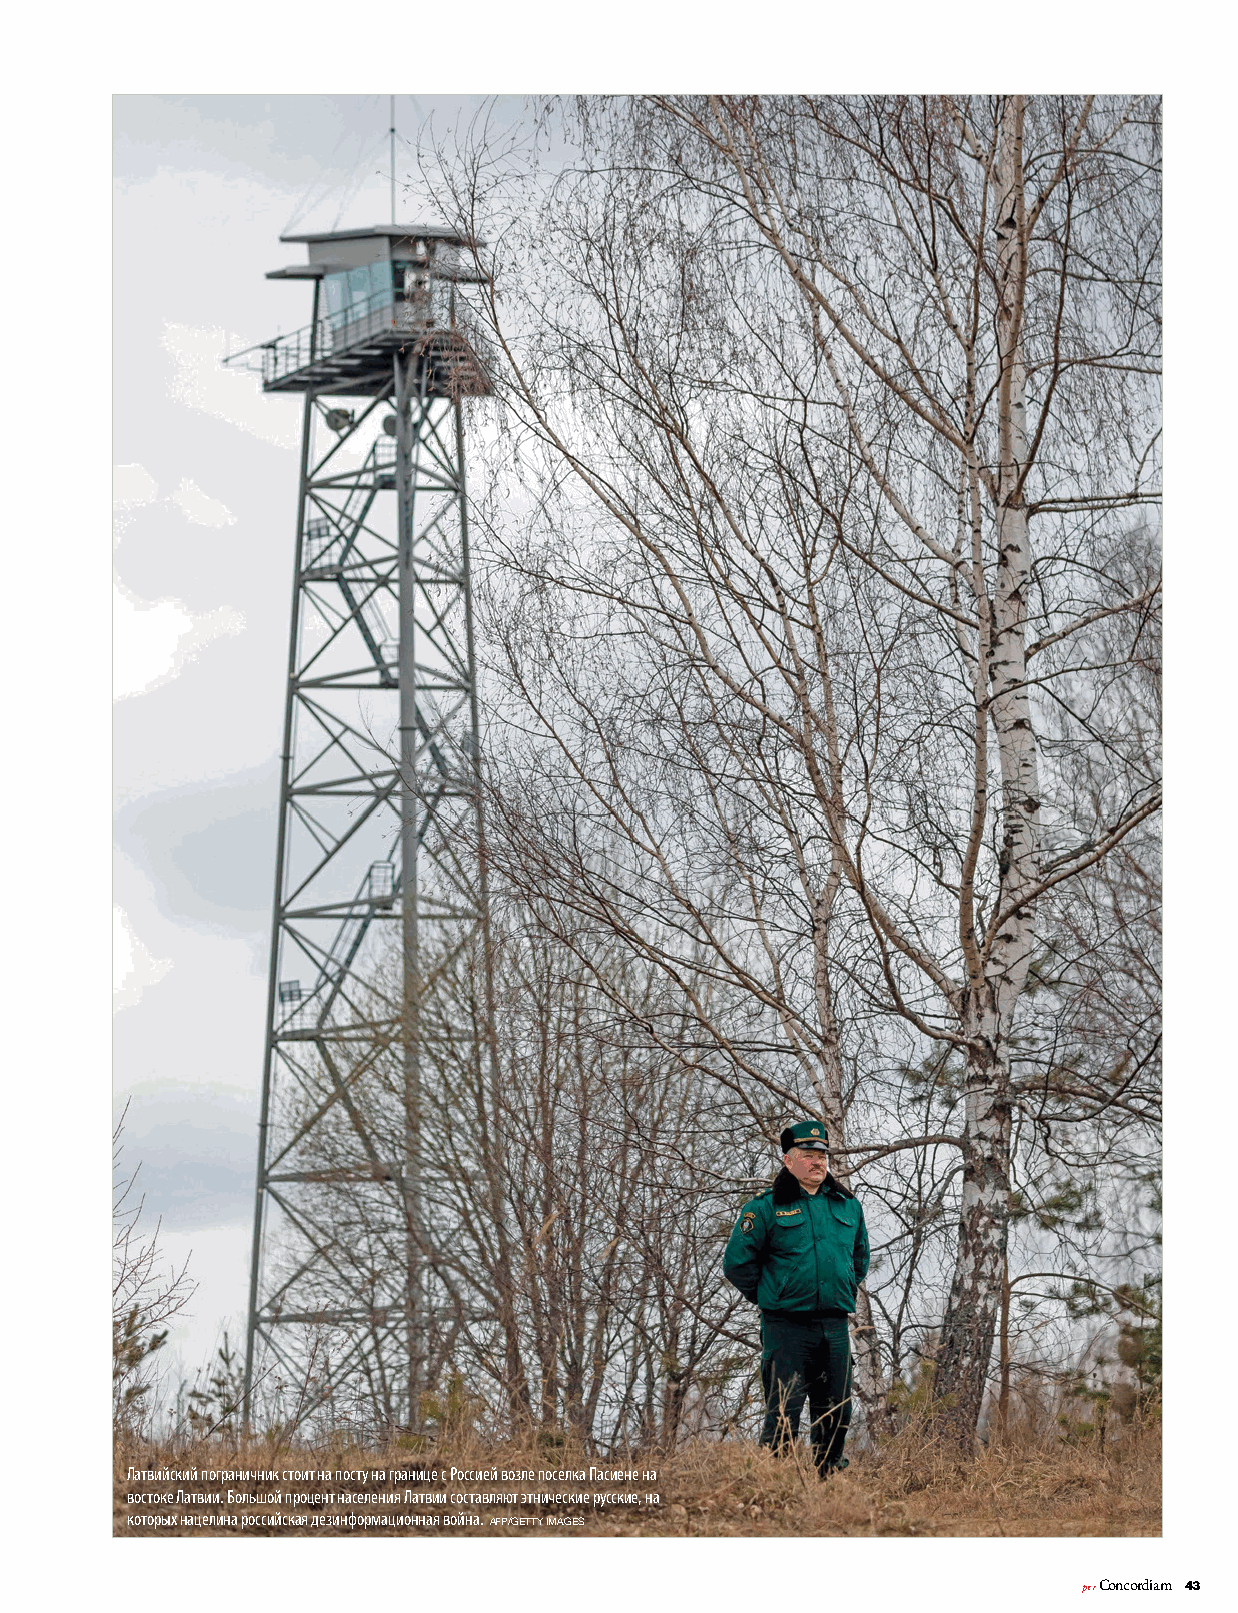
Латвийский пограничник стоит на посту на границе с Россией возле поселка Пасиене на
 востоке Латвии. Большой процент населения Латвии составляют этнические русские, на
 которых нацелина российская дезинформационная война.
 AFP/GETTY IMAGES
 per Concordiam 43